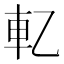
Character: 𰹈